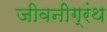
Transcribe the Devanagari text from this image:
जीवनीग्रंथ